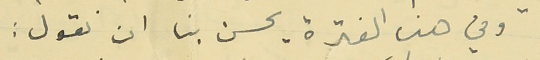
وفي هذه الفترة يحسن بنا ان نقول :